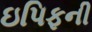
ઇપિફની